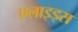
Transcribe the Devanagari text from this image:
एलाइड्स